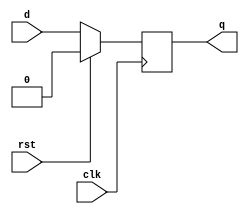
`timescale 1ns / 1ps
//////////////////////////////////////////////////////////////////////////////////
// Company: 
// Engineer: 
// 
// Design Name: 
// Module Name:    DFF 
// Project Name: 
// Target Devices: 
// Tool versions: 
// Description: 
//
// Dependencies: 
//
// Revision: 
// Revision 0.01 - File Created
// Additional Comments: 
//
//////////////////////////////////////////////////////////////////////////////////
module DFF(d,q,clk,rst
    );
	 input d,clk,rst;
	 output reg q;
	always @(posedge clk)
	begin
		if(rst)
			begin
			q<=1'b0;
			end
		else
			begin
			q<=d;
			end
	end

endmodule